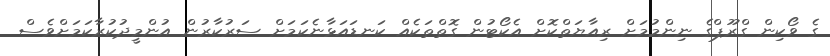
ގެ ވޯކިން ގްރޫޕްގެ ނިންމުމަށް ރިއާޔަތްކޮށް އެކޯޓުން ގޮތްތަކެއް ކަނޑައަޅާނެކަމަށް ސަރުކާރުން އުންމީދުކުރާކަމަށްވެސް